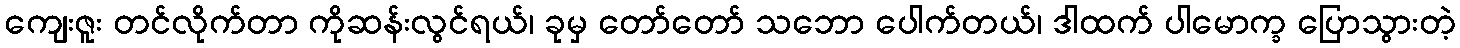
ကျေးဇူး တင်လိုက်တာ ကိုဆန်းလွင်ရယ်၊ ခုမှ တော်တော် သဘော ပေါက်တယ်၊ ဒါထက် ပါမောက္ခ ပြောသွားတဲ့